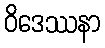
ဝိဒေဿနာ